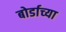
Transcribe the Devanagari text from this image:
बोर्डाच्‍या